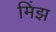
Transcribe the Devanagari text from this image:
मिंझ